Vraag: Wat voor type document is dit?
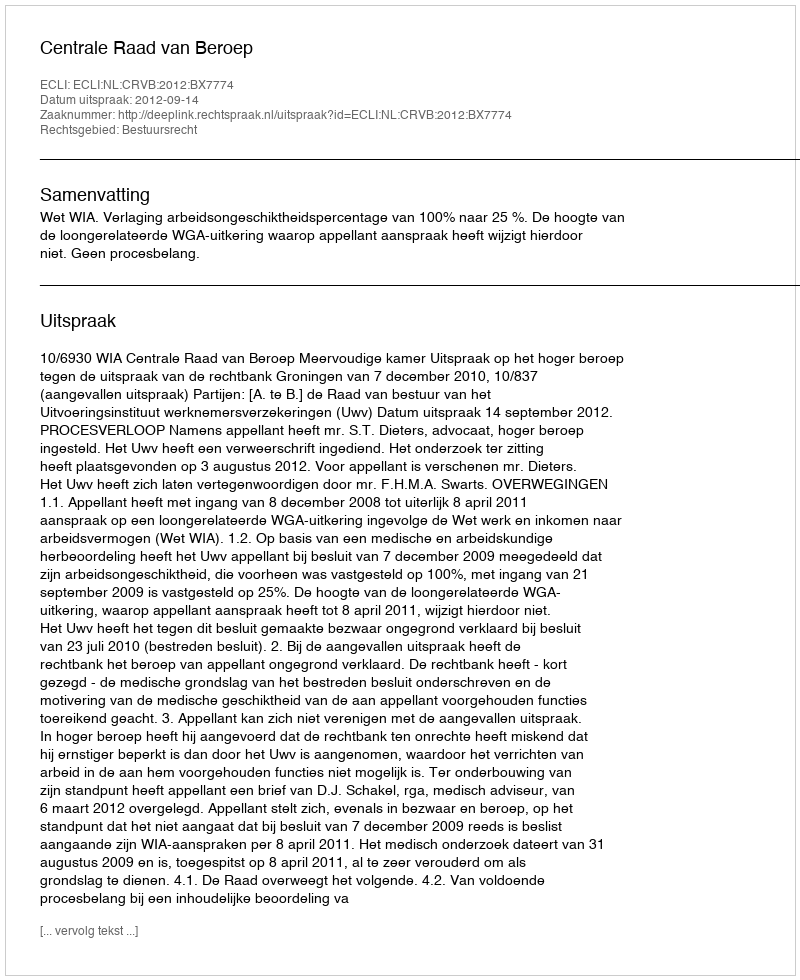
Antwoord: Uitspraak